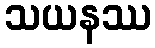
သယနဿ